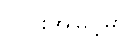
လှိုင်းအမြင့်မှာ